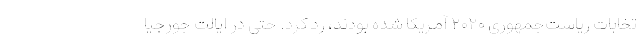
تخابات ریاست‌جمهوری ۲۰۲۰ آمریکا شده بودند، رد کرد. حتی در ایالت جورجیا